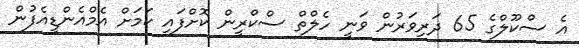
އެ ސްކޫލްގެ 65 ދަރިވަރުން ވަނީ ހެލްތް ސްކްރީން ކޮށްފައި ކަމަށް އެމްއެންޑީއެފުން